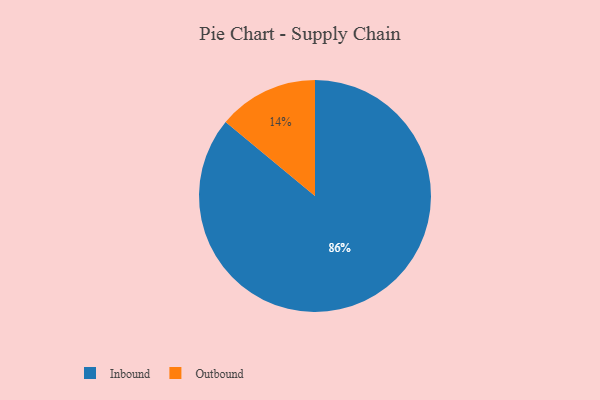
{"axis": {"x": "Category", "y": "Percentage"}, "legend": ["Inbound", "Outbound"], "data": [{"x": "Outbound", "y": 14, "type": "Outbound"}, {"x": "Inbound", "y": 86, "type": "Inbound"}]}